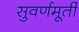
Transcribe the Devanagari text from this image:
सुवर्णमूर्ती